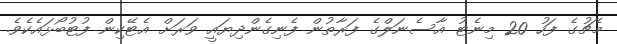
މެޗުގެ ފަހު 20 މިނެޓު އާސެނަލްގެ ފަރާތުން ފެނިގެންދިޔައީ ވަރަށް އެޓޭކިން ފުޓުބޯޅައެކެވެ.